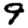
Digit: 9